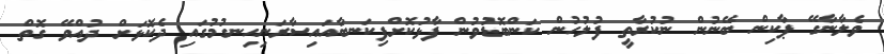
ވެލާނާގޭ ޕާކިން ބޭނުން ނުކުރާތީ ފުލުހުން ކަންބޮޑުވުން ފާޅުކޮށްފިކަނބާއައިސާރަނިހިނގުމުގައި ދެކޮޅަށް ދުއްވޭ ގޮތް